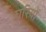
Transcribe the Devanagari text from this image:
घरियों